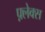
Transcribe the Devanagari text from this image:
फ़्लेक्स